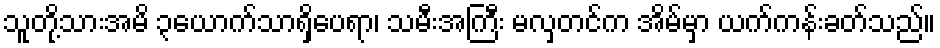
သူတို့သားအမိ ၃ယောက်သာရှိပေရာ၊ သမီးအကြီး မလှတင်က အိမ်မှာ ယက်ကန်းခတ်သည်။